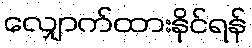
လျှောက်ထားနိုင်ရန်